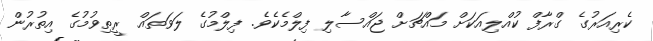
ކެރިއަރުގެ ގްރާފް ކުއްލިއަކަށް މައްޗަށް ޖައްސާލި ފިލްމެކެވެ. ފިލްމުގެ ލަވަތައް ރީތިވުމުގެ އިތުރުން